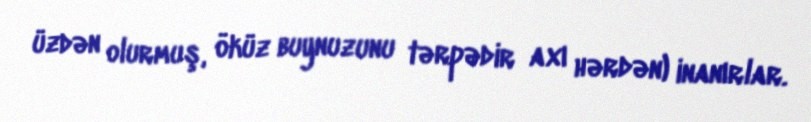
üzdən olurmuş, öküz buynuzunu tərpədir axı hərdən) inanırlar.